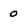
Character: 0